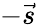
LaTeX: -\vec{s}